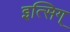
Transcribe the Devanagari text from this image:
इत्सिग्